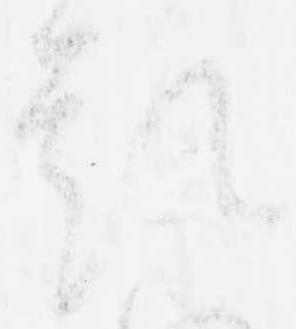
題